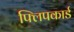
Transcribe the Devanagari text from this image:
फ्लिपकार्ड